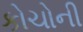
કોચોની